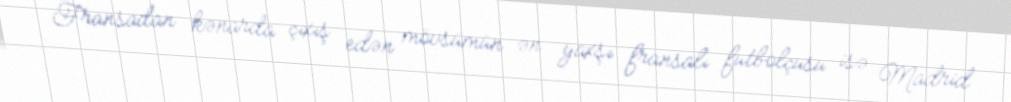
Fransadan kənarda çıxış edən mövsümün ən yaxşı fransalı futbolçusu isə Madrid